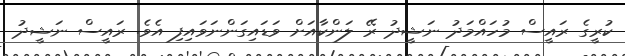
ކުރީގެ ރައީސް މުހައްމަދު ނަޝީދު ރޭ ލަންކާއަށް ވަޑައިގަންނަވައިފި އެވެ. ރައީސް ނަޝީދު